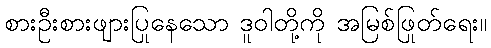
စားဦးစားဖျားပြုနေသော ဒူဝါတို့ကို အမြစ်ဖြုတ်ရေး။